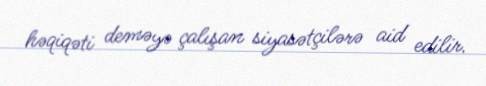
həqiqəti deməyə çalışan siyasətçilərə aid edilir.